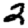
Digit: 2